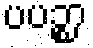
ပပဉ္စာ